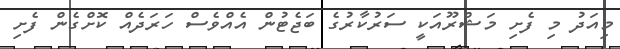
މިއަދު މި ފެށި މަޝްރޫއަކީ ސަރުކާރުގެ ބަޖެޓުން އެއްވެސް ހަރަދެއް ކޮށްގެން ފެށި